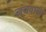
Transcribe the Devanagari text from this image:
नचवाना